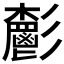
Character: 𩰧